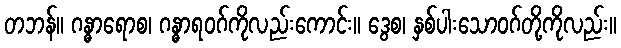
တဘန်။ ဂန္ဓာရောစ၊ ဂန္ဓာရဝဂ်ကိုလည်းကောင်း။ ဒွေစ၊ နှစ်ပါးသောဝဂ်တို့ကိုလည်း။